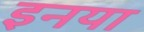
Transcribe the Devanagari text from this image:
इनया